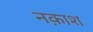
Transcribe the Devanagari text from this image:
नक़ाश